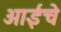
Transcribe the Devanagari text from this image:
आईंचे